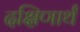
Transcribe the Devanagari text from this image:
दक्षिणार्थं